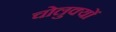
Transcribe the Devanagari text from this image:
चोलुक्यों